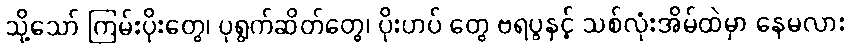
သို့သော် ကြမ်းပိုးတွေ၊ ပုရွက်ဆိတ်တွေ၊ ပိုးဟပ် တွေ ဗရပွနှင့် သစ်လုံးအိမ်ထဲမှာ နေမလား